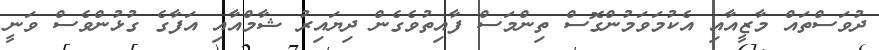
ދުވަސްތައް މާޒީއާއި އެކުމަވަމުންގޮސް ތިންމަސް ފާއިތުވެގެން ދިޔައިރު ޝާމްއާއި އަފާގެ ގުޅުންވެސް ވަނީ